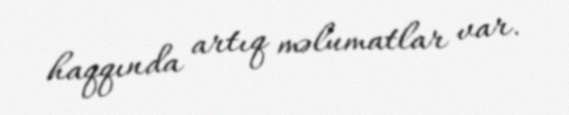
haqqında artıq məlumatlar var.